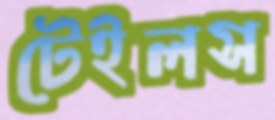
টেইলস